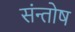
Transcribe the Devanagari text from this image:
संन्‍तोष